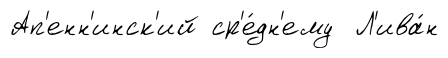
Ап'енн'инск'ий ср'е́дн'ему Л'ива́н